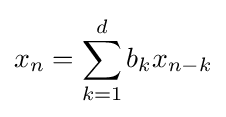
x_{n}=\sum _{k=1}^{d}b_{k}x_{n-k}